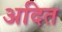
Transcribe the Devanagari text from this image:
अदित